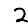
Digit: 2